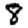
Digit: 8